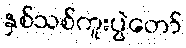
နှစ်သစ်ကူးပွဲတော်